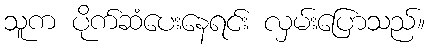
သူက ပိုက်ဆံပေးနေရင်း လှမ်းပြောသည်။